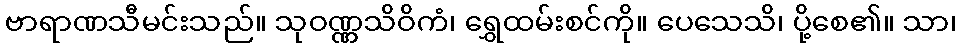
ဗာရာဏသီမင်းသည်။ သုဝဏ္ဏသိဝိကံ၊ ရွှေထမ်းစင်ကို။ ပေသေသိ၊ ပို့စေ၏။ သာ၊